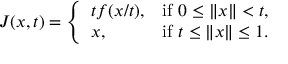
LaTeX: J ( x , t ) = { \left\{ \begin{array} { l l } { t f ( x / t ) , } & { { \mathrm { i f ~ } } 0 \leq \| x \| < t , } \\ { x , } & { { \mathrm { i f ~ } } t \leq \| x \| \leq 1 . } \end{array} \right. }